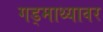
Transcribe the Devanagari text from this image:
गड्माथ्यावर